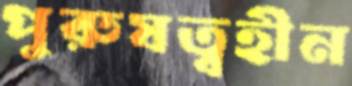
পুরুষত্বহীন